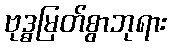
ဗုဒ္ဓမြတ်စွာဘုရား